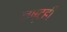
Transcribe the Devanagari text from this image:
नष्टही